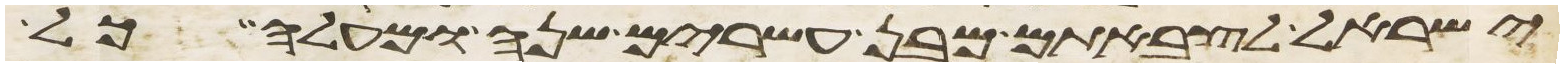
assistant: ישראל לצבאתם מבן עשרים שנה ומעלה כל